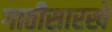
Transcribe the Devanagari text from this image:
गाठीसारखे